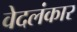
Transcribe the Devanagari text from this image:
वेदलंकार